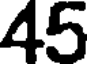
45